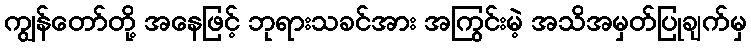
ကျွန်တော်တို့ အနေဖြင့် ဘုရားသခင်အား အကြွင်းမဲ့ အသိအမှတ်ပြုချက်မှ